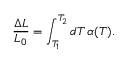
\frac { \Delta L } { L _ { 0 } } = \int _ { T _ { 1 } } ^ { T _ { 2 } } \mathop { d T } \alpha ( T ) .